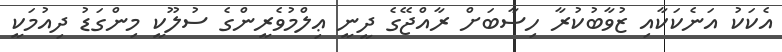
އެކަކު އަނެކަކާއި ޒުވާބުކުރާ ހިސާބަށް ރާއްޖޭގެ ދީނީ ޢިލްމުވެރީންގެ ސުލޫކީ މިންގަޑު ދިއުމަކީ